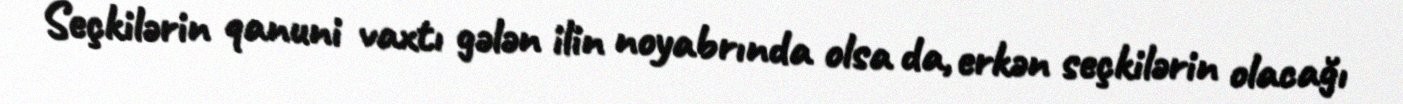
Seçkilərin qanuni vaxtı gələn ilin noyabrında olsa da, erkən seçkilərin olacağı